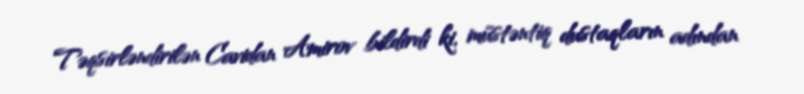
Təqsirləndirilən Cavidan Amirov bildirdi ki, müstəntiq dustaqların adından